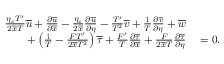
\begin{array} { r l } { \frac { \eta _ { c } T ^ { \prime } } { 2 \overline { { x } } T } \overline { { u } } + \frac { \partial \overline { { u } } } { \partial \overline { { x } } } - \frac { \eta _ { c } } { 2 \overline { { x } } } \frac { \partial \overline { { u } } } { \partial \eta } - \frac { T ^ { \prime } } { T ^ { 2 } } \overline { { v } } + \frac { 1 } { T } \frac { \partial \overline { { v } } } { \partial \eta } + \overline { { w } } } & { { } } \\ { + \left( \frac { \mathrm { i } } { T } - \frac { F T ^ { \prime } } { 2 \overline { { x } } T ^ { 2 } } \right) \overline { { \tau } } + \frac { F ^ { \prime } } { T } \frac { \partial \overline { { \tau } } } { \partial \overline { { x } } } + \frac { F } { 2 \overline { { x } } T } \frac { \partial \overline { { \tau } } } { \partial \eta } } & { { } = 0 . } \end{array}